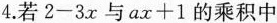
4.若2-3x与ax+1的乘积中